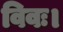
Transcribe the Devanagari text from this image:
विवः।